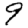
Digit: 9